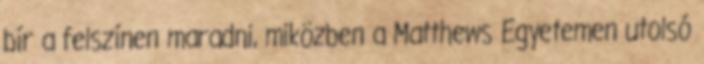
bír a felszínen maradni, miközben a Matthews Egyetemen utolsó